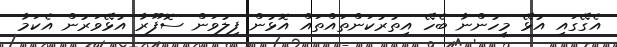
އެގޭގައި އުޅޭ މީހުންނާ ބެހޭ އިތުރުކަންތައްތައް އޮޅުން ފިލުވަން ސޮފޫރާ އުޅޭވަރުން އެކަމާ